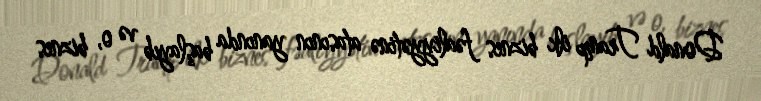
Donald Tramp ilk biznes fəaliyyətinə atasının yanında başlayıb və o, biznes